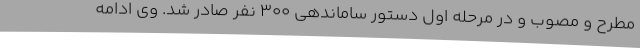
مطرح و مصوب و در مرحله اول دستور ساماندهی 300 نفر صادر شد. وی ادامه